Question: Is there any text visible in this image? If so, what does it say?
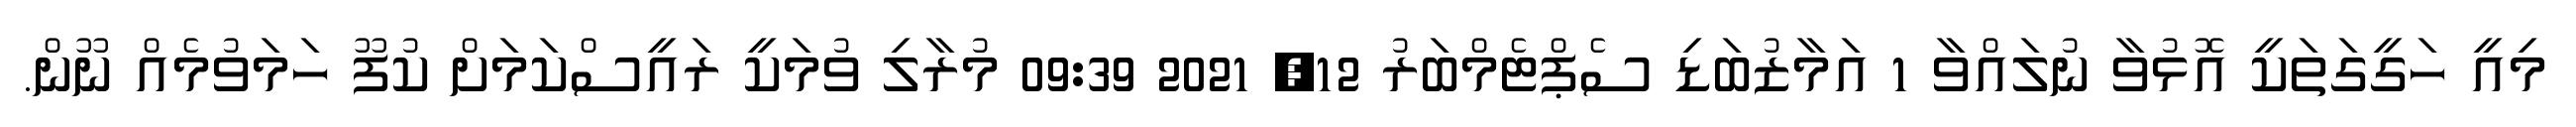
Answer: މިއީ ހަގީގަތަކީ އޮޅުވާ ނުލައްވާ 1 އަމާޒުބަޑި ސެޕްޓެމްބަރު 12, 2021 09:39 މުރާލި ވުމަކީ ރައީސްކަމަށް ކުފޫ ހަމަވުމެއް ނޫން.